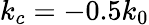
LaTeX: k_{c}=-0.5k_{0}